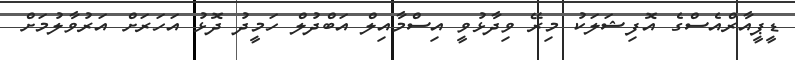
ޑީޕީއާރްއެސްގެ އޮފިޝަލަކު މިރޭ ވިދާޅުވީ އިސްމާއިލް އަބްދުލް ހަމީދު ދޮޅު އަހަރަށް އަރުވާލުމަށް